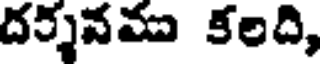
దర్శనము కలది,